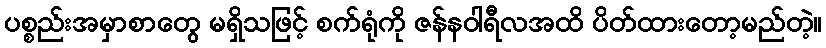
ပစ္စည်းအမှာစာတွေ မရှိသဖြင့် စက်ရုံကို ဇန်နဝါရီလအထိ ပိတ်ထားတော့မည်တဲ့။